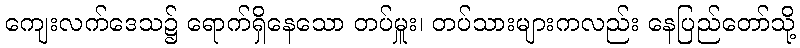
ကျေးလက်ဒေသ၌ ရောက်ရှိနေသော တပ်မှူး၊ တပ်သားများကလည်း နေပြည်တော်သို့